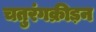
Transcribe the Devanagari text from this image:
चतुरंगक्रीड़न